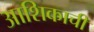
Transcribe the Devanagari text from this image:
आशिकाची